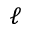
\ell